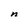
Character: n